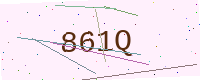
Text: 861Q